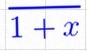
\frac{1}{1+x}